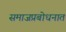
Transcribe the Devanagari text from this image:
समाजप्रबोधनात